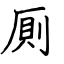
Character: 厠